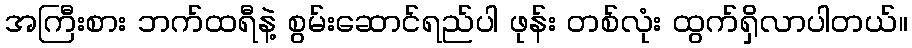
အကြီးစား ဘက်ထရီနဲ့ စွမ်းဆောင်ရည်ပါ ဖုန်း တစ်လုံး ထွက်ရှိလာပါတယ်။